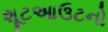
શૂટઆઉટનો